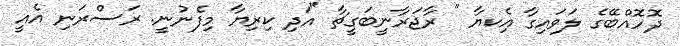
ދޮހޮއްބޭގެ ލަވައިގާ އެިކޔާ " ރާޖަރާނީބަގީޗާ "އަދި ކިރިޔާ މިފެނުނީ. ރަސްރަނި އެއީ